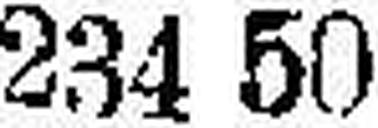
234 50